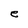
Character: e